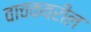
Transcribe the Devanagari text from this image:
वाचकवरील